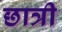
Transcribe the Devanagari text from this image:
छात्री